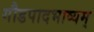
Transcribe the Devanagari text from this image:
गौडपादभाष्‍यम्